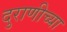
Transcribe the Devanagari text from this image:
दुराणीच्या